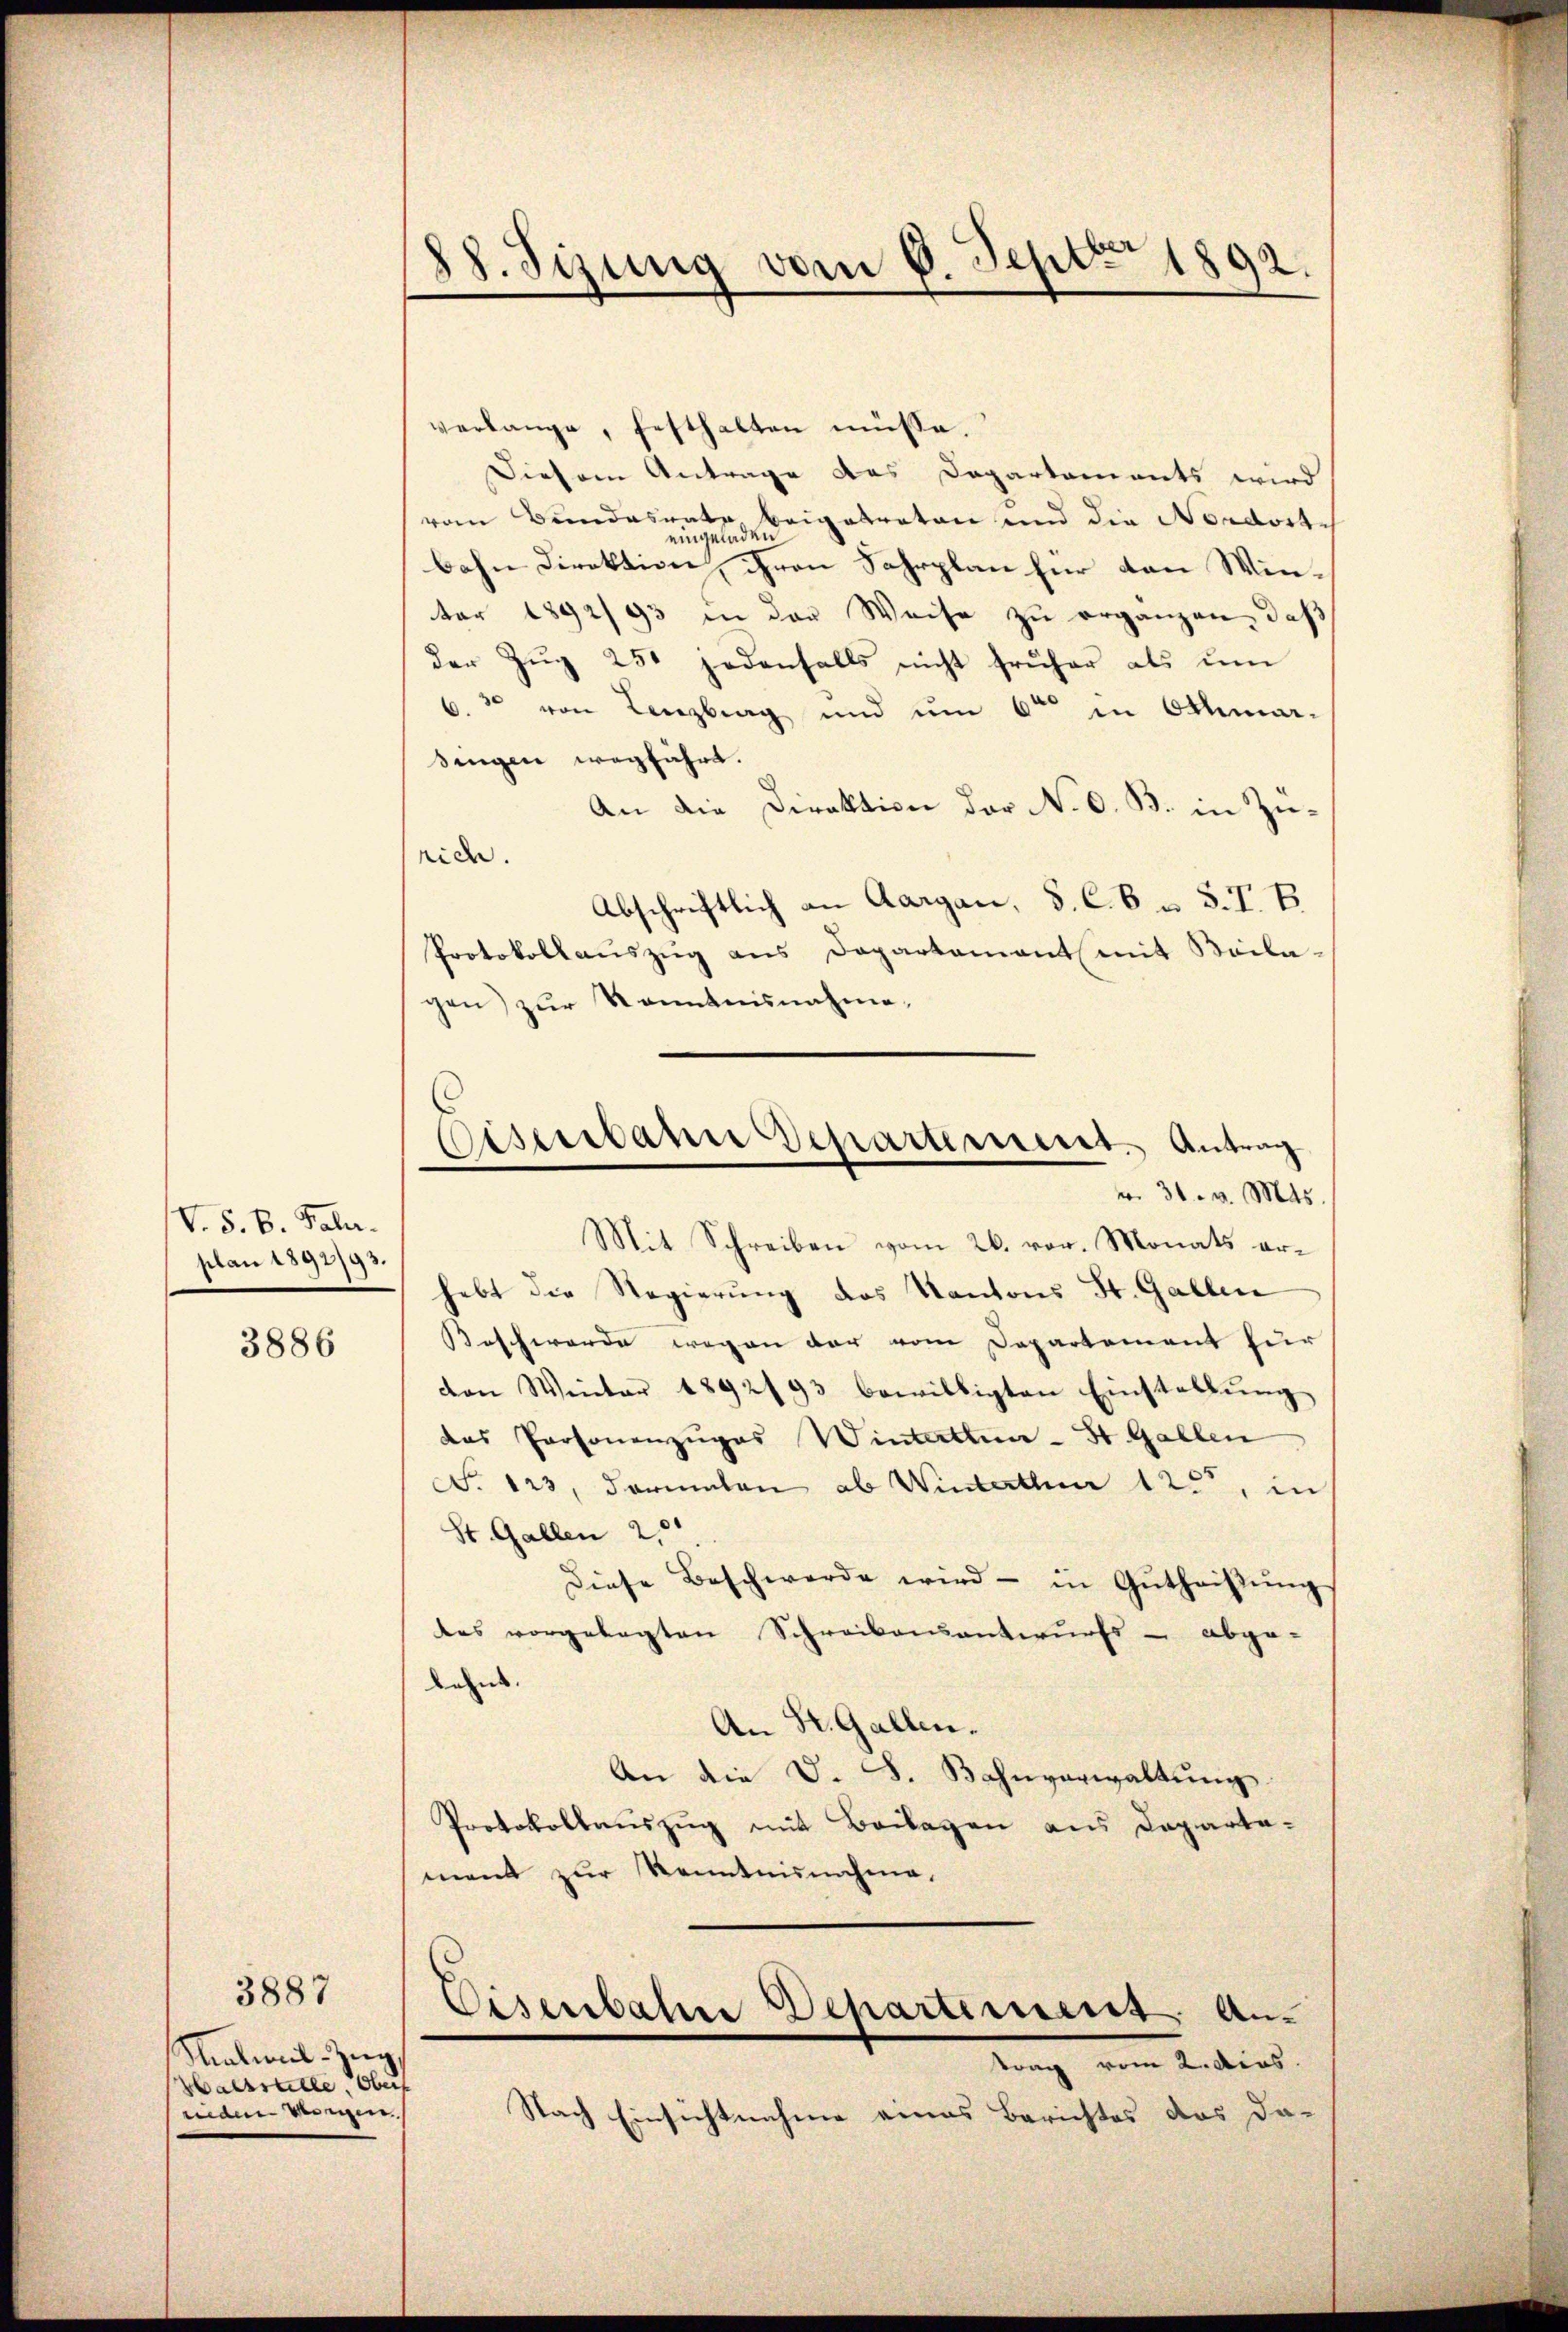
V. S. B. Fahr.
plan 1892/93.

3886

3887
Malwil-Zug,
Wachstelle, Obers
mann vorigen.

88. Sizung vom 6. Sept. 1892.

verlange, festhalten müsse.
Diesem Antrage des Departements wird
vom Bundesrath beigetreten und die Nordostbahn Direktion, ihren Fahrplan für den Winter 1892/93 in der Weise zu erganzen, daß
der Zŭg 250 jedenfalls nicht früher als ŭm
6. 30 von Lenzburg und um 6ten in Othmar-
singen wegführt.
An die Direktion der N. O. B. in Zurich.
Abschriftlich an Aargau, S. C. 6 u. S. I. B.
Protokollaŭszŭg ans Departement mit Beilagen) zur Kenntnisnahme.
Mit Schreiben vom 26. vor. Monats erhebt die Regierung des Kantons St. Gallen
Beschwerde wegen der vom Departement für
von Winter 1892/93 bewilligten Einstellŭng
das Personenzuges Winterthun - St. Gallen
No 123. Formalen ab Winterthur 125, in
St. Gallen 2
diese Beschwerde wird in Gŭtheisŭng
des vorgelegten Schreibensantwurfs - abge-
kan.
An St. Gallen.
An die D. S. Bahnverwaltŭng
Protokollauszug mit Beilagen aus Departa-
ment zur Kenntnisnehme.
Eisenbahne Departement An-
Vong vom 2. dies
Nach Einsichtnahme eines Berichtes das da-

Eisenbann Departement. Antrag
 31. v. Mts.